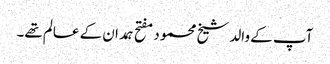
آپ کے والد شیخ محمود مفتح ہمدان کے عالم تھے۔